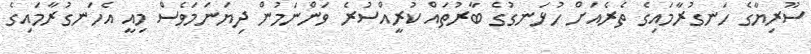
ސޫރިޔާގެ ހަނގުރާމައިގެ ތެރެއަށް ހުޅަނގުގެ ބާރުތައް ކުރީއްސުރެ ވަންނަމުން ދިޔަނަމަވެސް މިއީ އެހަނގުރާމައިގެ